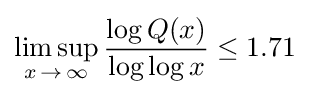
\limsup _{x\,\to \,\infty }{\frac {\log Q(x)}{\log \log x}}\leq 1.71\